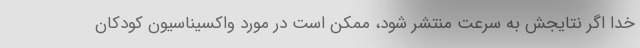
خدا اگر نتایجش به سرعت منتشر شود، ممکن است در مورد واکسیناسیون کودکان